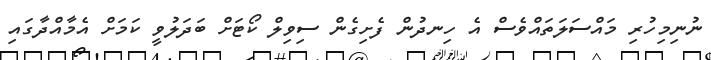
ނުނިމިހުރި މައްސަލަތައްވެސް އެ ހިނދުން ފެށިގެން ސިވިލް ކޯޓަށް ބަދަލުވީ ކަމަށް އެމާއްދާގައި